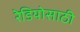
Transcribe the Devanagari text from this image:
रेडियोसाठी